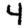
Digit: 4